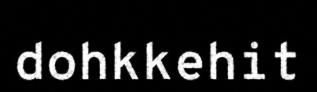
dohkkehit